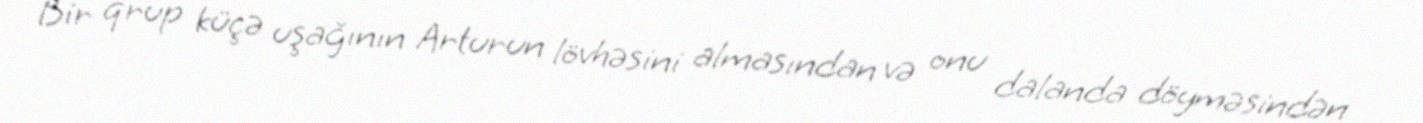
Bir qrup küçə uşağının Arturun lövhəsini almasından və onu dalanda döyməsindən